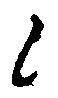
候